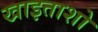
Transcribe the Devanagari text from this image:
खाइताशो